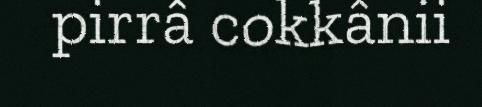
pirrâ cokkânii